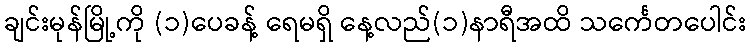
ချင်းမုန်မြို့ကို (၁)ပေခန့် ရေမရှိ နေ့လည်(၁)နာရီအထိ သင်္ကေတပေါင်း